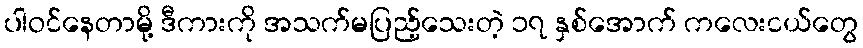
ပါဝင်နေတာမို့ ဒီကားကို အသက်မပြည့်သေးတဲ့ ၁၇ နှစ်အောက် ကလေးငယ်တွေ